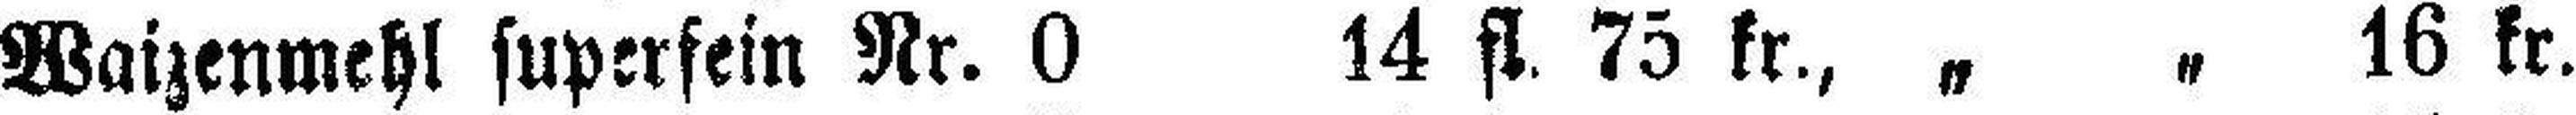
Waizenmehl superfein Nr. 0 14 fl. 75 kr., „ „ 16 kr.